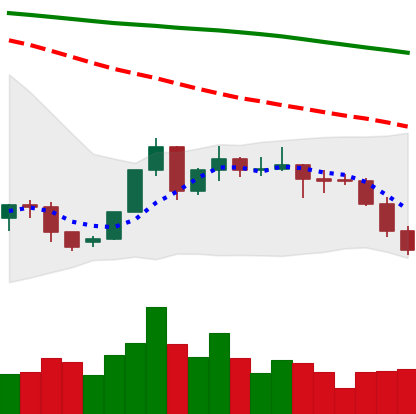
Ticker: XLM-USD
Chart end date: 2022-06-12
Forward return: -6.039%
Label: down_5_7